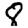
Digit: 8